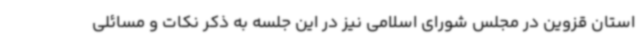
استان قزوین در مجلس شورای اسلامی نیز در این جلسه به ذکر نکات و مسائلی